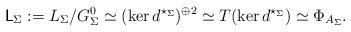
LaTeX: \begin{align*}\mathsf{L}_{\Sigma}:=L_\Sigma/G_{\Sigma}^0\simeq(\ker d^{\star_\Sigma})^{\oplus2}\simeq T(\ker d^{\star_{\Sigma}})\simeq \Phi_{A_\Sigma}.\end{align*}